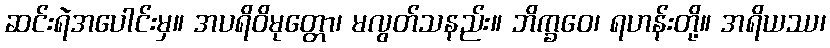
ဆင်းရဲအပေါင်းမှ။ အပရိဝိမုတ္တော၊ မလွတ်သနည်း။ ဘိက္ခဝေ၊ ရဟန်းတို့။ အရိယဿ၊